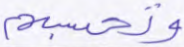
وتحسبهم